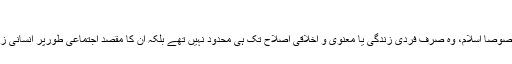
10. انبیاء اور زندگی کے ہر پہلو کی اصلاح:
ہمارا عقیدہ ہے کہ وہ تمام ادیان الٰہی جو پیغمبروں پر نازل ہوئے مخصوصاً اسلام، وہ صرف فردی زندگی یا معنوی و اخلاقی اصلاح تک ہی محدود نہیں تھے بلکہ ان کا مقصد اجتماعی طورپر انسانی زندگی کے ہر پہلو کی اصلاح کرکے انسان کو کامیابی عطا کرنا تھا۔